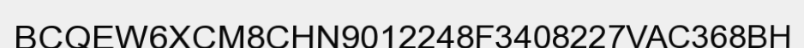
BCQEW6XCM8CHN9012248F3408227VAC368BH